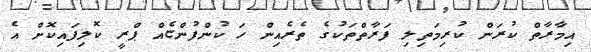
އިމާރާތް ކުރަން ކުރިމަތިލި ފަރާތްތަކުގެ ތެރެއިން ހަ ކުންފުންޏެއް ޕްރީ ކޮލިފައިކޮށް އެ